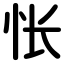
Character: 怅